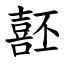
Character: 噽